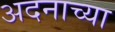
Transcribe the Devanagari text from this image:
अदनाच्या